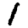
Digit: 1